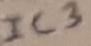
Text: IC3